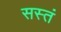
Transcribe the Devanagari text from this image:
सस्तं